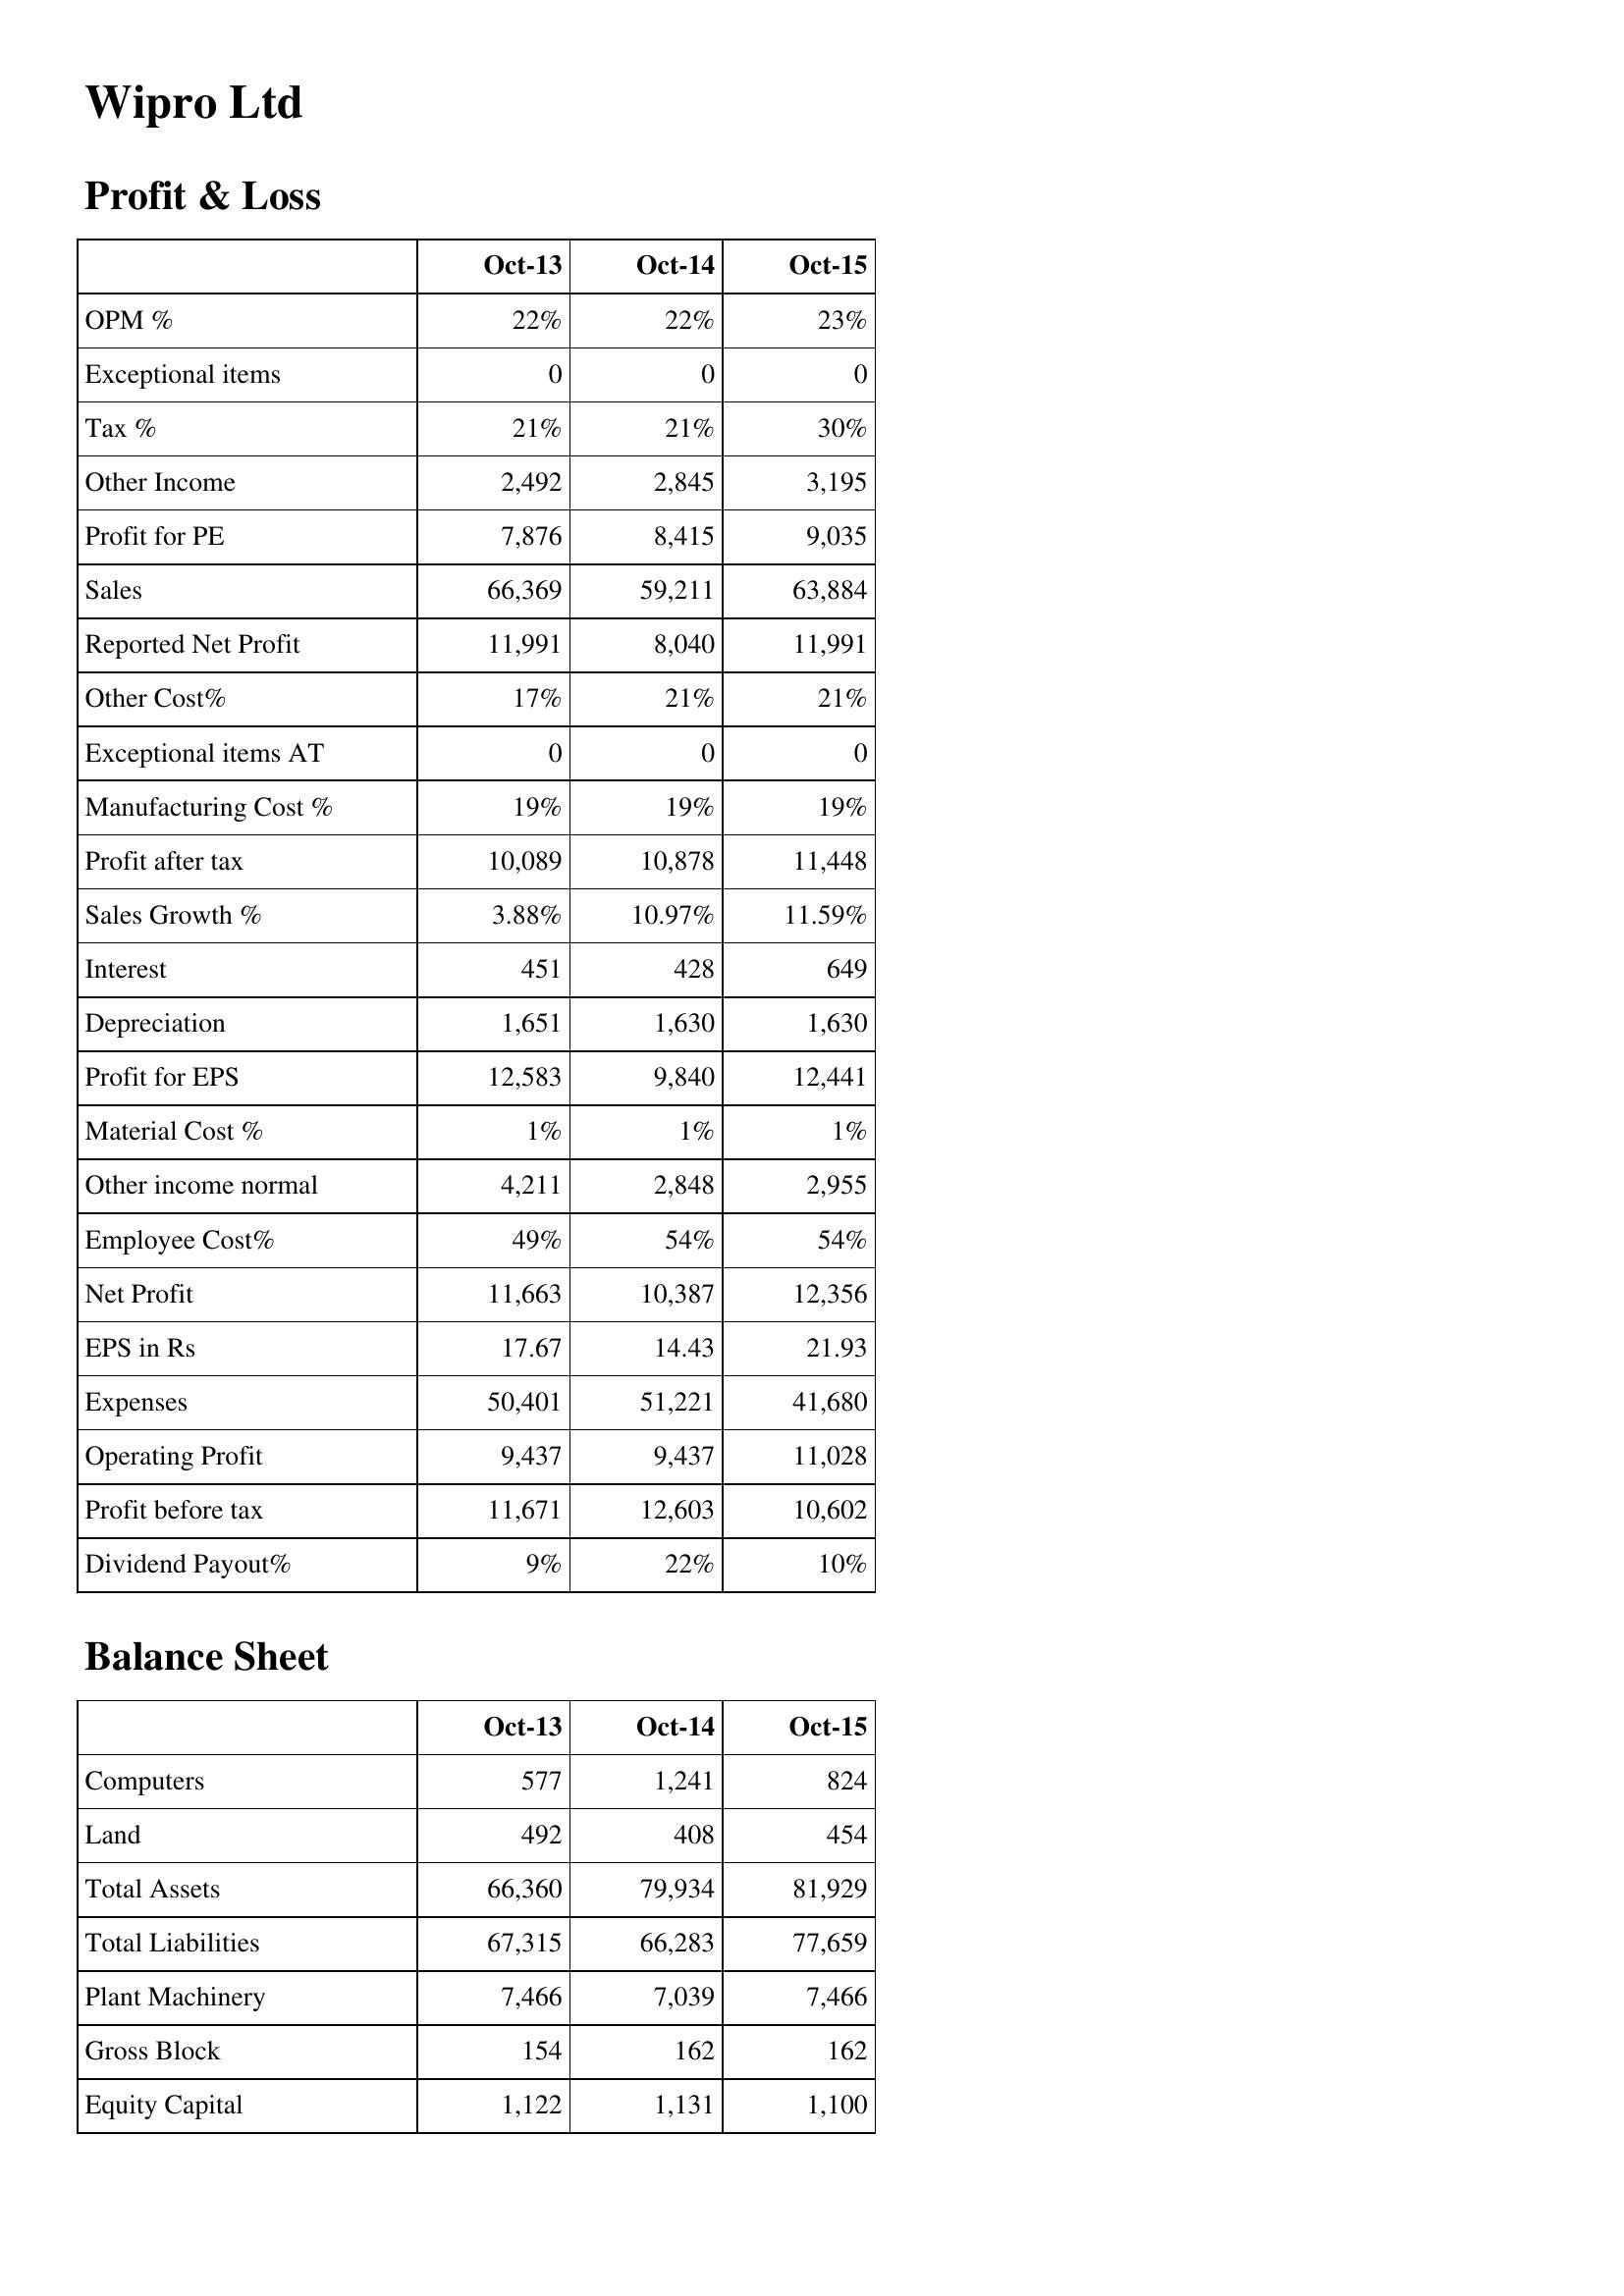
Oct-13: Profit & Loss: OPM %: 22%
Exceptional items: 0
Tax %: 21%
Other Income: 2,492
Profit for PE: 7,876
Sales: 66,369
Reported Net Profit: 11,991
Other Cost%: 17%
Exceptional items AT: 0
Manufacturing Cost %: 19%
Profit after tax: 10,089
Sales Growth %: 3.88%
Interest: 451
Depreciation: 1,651
Profit for EPS: 12,583
Material Cost %: 1%
Other income normal: 4,211
Employee Cost%: 49%
Net Profit: 11,663
EPS in Rs: 17.67
Expenses: 50,401
Operating Profit: 9,437
Profit before tax: 11,671
Dividend Payout%: 9%
Balance Sheet: Computers: 577
Land: 492
Total Assets: 66,360
Total Liabilities: 67,315
Plant Machinery: 7,466
Gross Block: 154
Equity Capital: 1,122
Oct-14: Profit & Loss: OPM %: 22%
Exceptional items: 0
Tax %: 21%
Other Income: 2,845
Profit for PE: 8,415
Sales: 59,211
Reported Net Profit: 8,040
Other Cost%: 21%
Exceptional items AT: 0
Manufacturing Cost %: 19%
Profit after tax: 10,878
Sales Growth %: 10.97%
Interest: 428
Depreciation: 1,630
Profit for EPS: 9,840
Material Cost %: 1%
Other income normal: 2,848
Employee Cost%: 54%
Net Profit: 10,387
EPS in Rs: 14.43
Expenses: 51,221
Operating Profit: 9,437
Profit before tax: 12,603
Dividend Payout%: 22%
Balance Sheet: Computers: 1,241
Land: 408
Total Assets: 79,934
Total Liabilities: 66,283
Plant Machinery: 7,039
Gross Block: 162
Equity Capital: 1,131
Oct-15: Profit & Loss: OPM %: 23%
Exceptional items: 0
Tax %: 30%
Other Income: 3,195
Profit for PE: 9,035
Sales: 63,884
Reported Net Profit: 11,991
Other Cost%: 21%
Exceptional items AT: 0
Manufacturing Cost %: 19%
Profit after tax: 11,448
Sales Growth %: 11.59%
Interest: 649
Depreciation: 1,630
Profit for EPS: 12,441
Material Cost %: 1%
Other income normal: 2,955
Employee Cost%: 54%
Net Profit: 12,356
EPS in Rs: 21.93
Expenses: 41,680
Operating Profit: 11,028
Profit before tax: 10,602
Dividend Payout%: 10%
Balance Sheet: Computers: 824
Land: 454
Total Assets: 81,929
Total Liabilities: 77,659
Plant Machinery: 7,466
Gross Block: 162
Equity Capital: 1,100